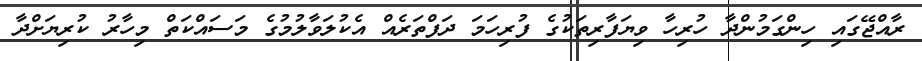
ރާއްޖޭގައި ހިންގަމުންދާ ހުރިހާ ވިޔަފާރިތަކުގެ ފުރިހަމަ ދަފްތަރެއް އެކުލަވާލުމުގެ މަސައްކަތް މިހާރު ކުރިޔަށްދާ